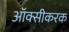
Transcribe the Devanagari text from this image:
ऑक्सीकरक